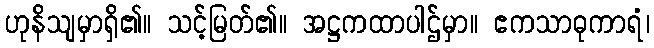
ဟုနိသျမှာရှိ၏။ သင့်မြတ်၏။ အဋ္ဌကထာပါဌ်မှာ။ ဧကသာဓုကာရံ၊